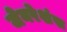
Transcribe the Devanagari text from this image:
जेनरेशंस